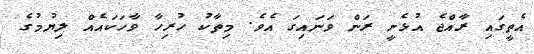
އެތީގައި ރާއްޖެ އުޅެނީ ރަން ވަނައިގަ އެވެ. މިތާކު ހުރިހާ ވާހަކައެއް ލިޔުމުގެ